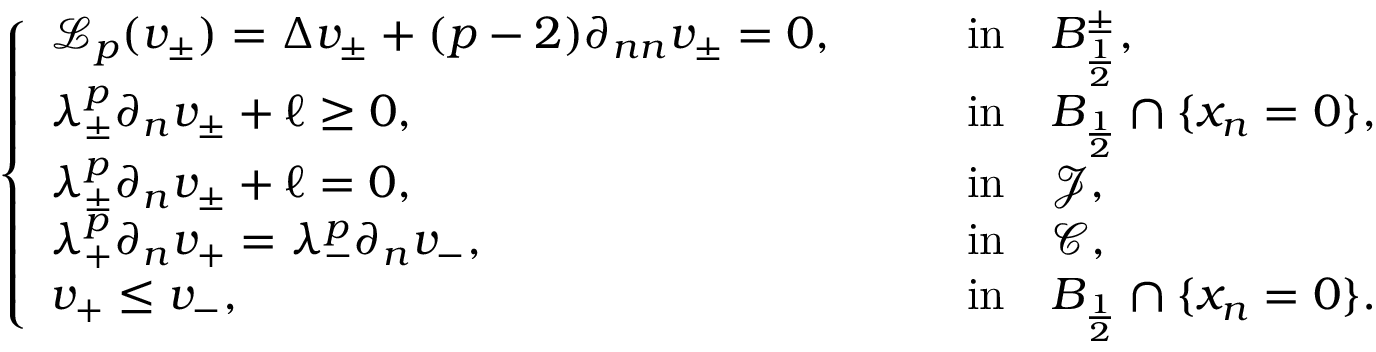
\left\{ \begin{array} { l l } { \mathcal { L } _ { p } ( v _ { \pm } ) = \Delta v _ { \pm } + ( p - 2 ) \partial _ { n n } v _ { \pm } = 0 , \qquad } & { \mathrm { i n } \quad B _ { \frac { 1 } { 2 } } ^ { \pm } , } \\ { \lambda _ { \pm } ^ { p } \partial _ { n } v _ { \pm } + \ell \geq 0 , \qquad } & { \mathrm { i n } \quad B _ { \frac { 1 } { 2 } } \cap \{ x _ { n } = 0 \} , } \\ { \lambda _ { \pm } ^ { p } \partial _ { n } v _ { \pm } + \ell = 0 , \qquad } & { \mathrm { i n } \quad \mathcal { J } , } \\ { \lambda _ { + } ^ { p } \partial _ { n } v _ { + } = \lambda _ { - } ^ { p } \partial _ { n } v _ { - } , \qquad } & { \mathrm { i n } \quad \mathcal { C } , } \\ { v _ { + } \leq v _ { - } , \qquad } & { \mathrm { i n } \quad B _ { \frac { 1 } { 2 } } \cap \{ x _ { n } = 0 \} . } \end{array} \right.